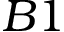
B 1